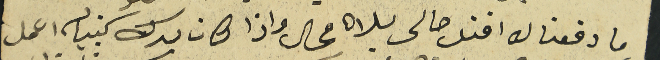
ما دفعنا له افند حالى بلاه محال واذا كان بدك كنبياله اعمل